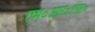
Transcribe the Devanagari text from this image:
एम०आर०एफ०